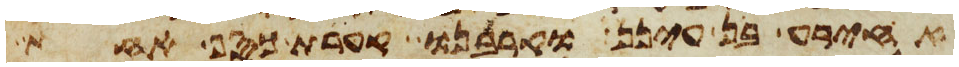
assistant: אחירע בן עינן וקרבנו קערת כסף אחת